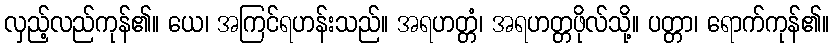
လှည့်လည်ကုန်၏။ ယေ၊ အကြင်ရဟန်းသည်။ အရဟတ္တံ၊ အရဟတ္တဖိုလ်သို့။ ပတ္တာ၊ ရောက်ကုန်၏။